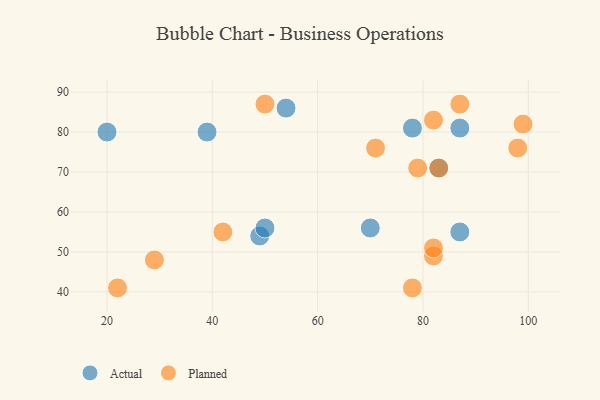
{"axis": {"x": "GDP", "y": "Life Expectancy"}, "legend": ["Actual", "Planned"], "data": [{"x": "39", "y": 80, "type": "Actual"}, {"x": "87", "y": 81, "type": "Actual"}, {"x": "49", "y": 54, "type": "Actual"}, {"x": "87", "y": 55, "type": "Actual"}, {"x": "54", "y": 86, "type": "Actual"}, {"x": "50", "y": 56, "type": "Actual"}, {"x": "70", "y": 56, "type": "Actual"}, {"x": "20", "y": 80, "type": "Actual"}, {"x": "83", "y": 71, "type": "Actual"}, {"x": "78", "y": 81, "type": "Actual"}, {"x": "83", "y": 71, "type": "Planned"}, {"x": "78", "y": 41, "type": "Planned"}, {"x": "87", "y": 87, "type": "Planned"}, {"x": "71", "y": 76, "type": "Planned"}, {"x": "29", "y": 48, "type": "Planned"}, {"x": "42", "y": 55, "type": "Planned"}, {"x": "82", "y": 83, "type": "Planned"}, {"x": "50", "y": 87, "type": "Planned"}, {"x": "98", "y": 76, "type": "Planned"}, {"x": "82", "y": 49, "type": "Planned"}, {"x": "22", "y": 41, "type": "Planned"}, {"x": "79", "y": 71, "type": "Planned"}, {"x": "82", "y": 51, "type": "Planned"}, {"x": "99", "y": 82, "type": "Planned"}]}